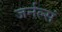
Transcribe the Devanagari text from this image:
जर्नल्सं